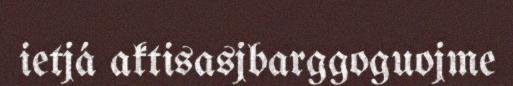
ietjá aktisasjbarggoguojme